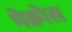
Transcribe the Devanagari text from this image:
मेक्रोस